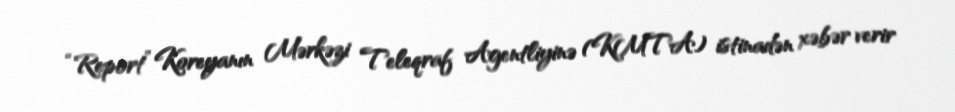
“Report” Koreyanın Mərkəzi Teleqraf Agentliyinə (KMTA) istinadən xəbər verir